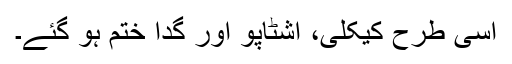
اسی طرح کیکلی، اشٹاپو اور گدا ختم ہو گئے۔